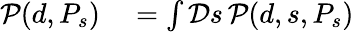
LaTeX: \begin{array}{rl}{{\mathcal{P}}(d,P_{s})}&{{}=\int{\mathcal{D}}s\, {\mathcal{P}}(d,s,P_{s})}\end{array}